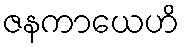
ဇနကာယေဟိ